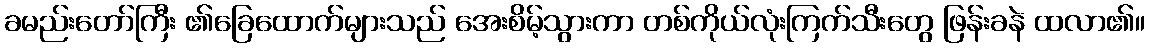
ခမည်းတော်ကြီး ၏ခြေထောက်များသည် အေးစိမ့်သွားကာ တစ်ကိုယ်လုံးကြက်သီးတွေ ဖြန်းခနဲ ထလာ၏။